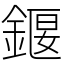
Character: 䤷